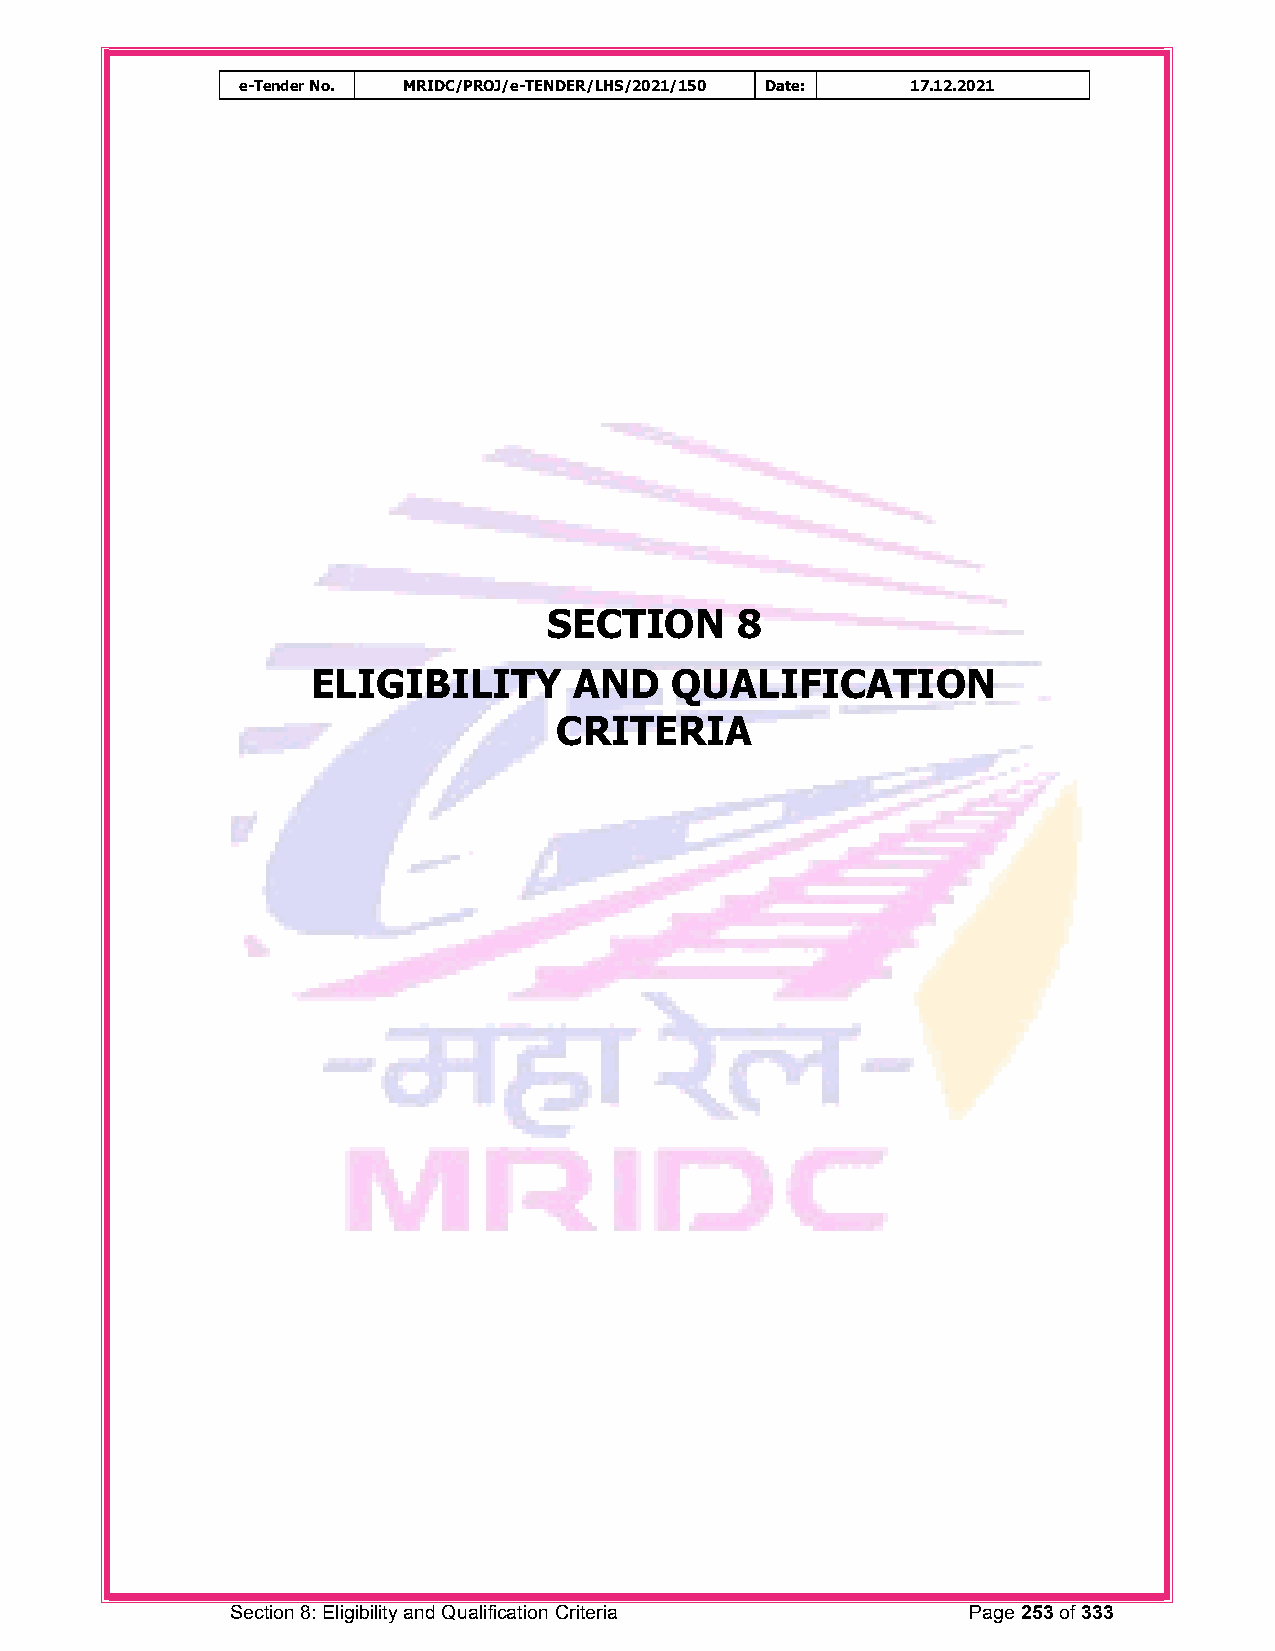
e-Tender No. MRIDC/PROJ/e-TENDER/LHS/2021/150 Date: 17.12.2021
 SECTION      8
 ELIGIBILITY      AND   QUALIFICATION
 CRITERIA
 Section 8: Eligibility and Qualification Criteria Page 253 of 333